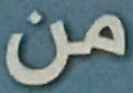
من